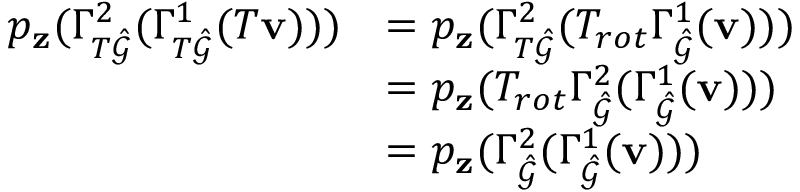
\begin{array} { r l } { p _ { \mathbf { z } } ( \Gamma _ { T \hat { \mathcal { G } } } ^ { 2 } ( \Gamma _ { T \hat { \mathcal { G } } } ^ { 1 } ( T \mathbf { v } ) ) ) } & { = p _ { \mathbf { z } } ( \Gamma _ { T \hat { \mathcal { G } } } ^ { 2 } ( T _ { r o t } \Gamma _ { \hat { \mathcal { G } } } ^ { 1 } ( \mathbf { v } ) ) ) } \\ & { = p _ { \mathbf { z } } ( T _ { r o t } \Gamma _ { \hat { \mathcal { G } } } ^ { 2 } ( \Gamma _ { \hat { \mathcal { G } } } ^ { 1 } ( \mathbf { v } ) ) ) } \\ & { = p _ { \mathbf { z } } ( \Gamma _ { \hat { \mathcal { G } } } ^ { 2 } ( \Gamma _ { \hat { \mathcal { G } } } ^ { 1 } ( \mathbf { v } ) ) ) } \end{array}